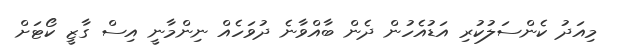
މިއަދު ކެންސަލުކުރި އަޑުއެހުން ދެން ބާއްވާނެ ދުވަހެއް ނިންމާނީ އިސް ގާޒީ ކޯޓަށް